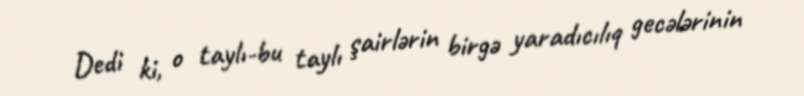
Dedi ki, o taylı-bu taylı şairlərin birgə yaradıcılıq gecələrinin